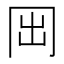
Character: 𠕐